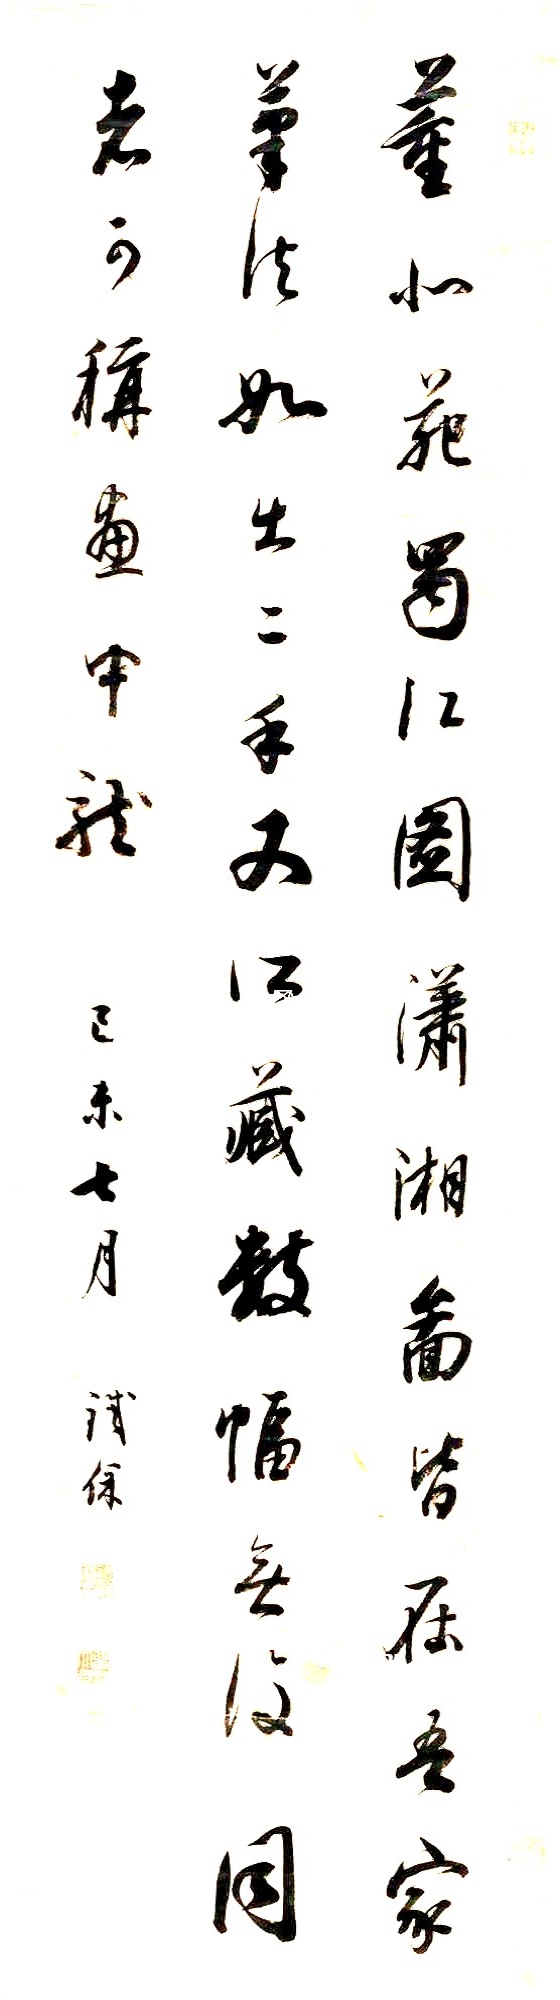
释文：董北苑蜀江图、潇湘图皆在吾家，笔法如出二手。又所藏数幅无复同者，可称画中龙。己未七月，铁保。